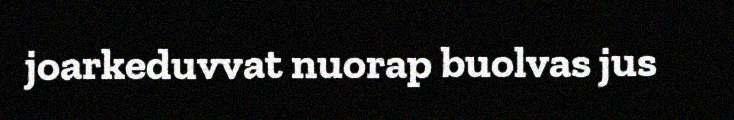
joarkeduvvat nuorap buolvas jus